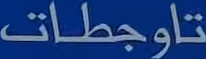
تاجظات